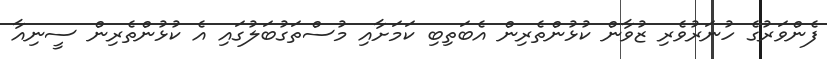
ފެންވަރުގެ ހުނަރުވެރި ޒުވާން ކުޅުންތެރިން އެބަތިބި ކަމަށާއި މުސްތަގުބަލުގައި އެ ކުޅުންތެރިން ސީނިއާ